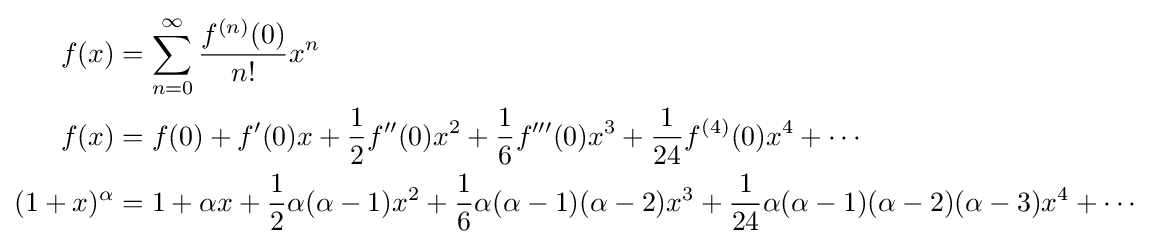
{\begin{aligned}f(x)&=\sum _{n=0}^{\infty }{\frac {f^{(n)}(0)}{n!}}x^{n}\\f(x)&=f(0)+f'(0)x+{\frac {1}{2}}f''(0)x^{2}+{\frac {1}{6}}f'''(0)x^{3}+{\frac {1}{24}}f^{(4)}(0)x^{4}+\cdots \\(1+x)^{\alpha }&=1+\alpha x+{\frac {1}{2}}\alpha (\alpha -1)x^{2}+{\frac {1}{6}}\alpha (\alpha -1)(\alpha -2)x^{3}+{\frac {1}{24}}\alpha (\alpha -1)(\alpha -2)(\alpha -3)x^{4}+\cdots \end{aligned}}